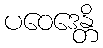
ပဝေဒေန္တိ